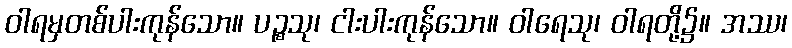
ဝါရမှတစ်ပါးကုန်သော။ ပဉ္စသု၊ ငါးပါးကုန်သော။ ဝါရေသု၊ ဝါရတို့၌။ အဿ၊